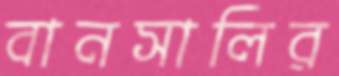
বানসালির